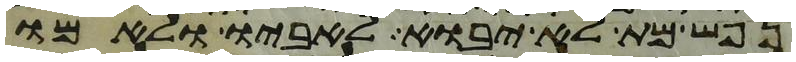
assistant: נפש מת לא יבוא לאביו ולאמו